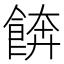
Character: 餴